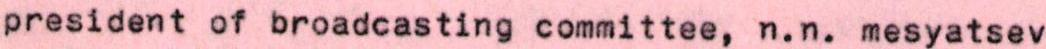
president of broadcasting committee, n.n. mesyatsev